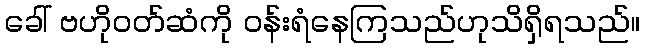
ခေါ် ဗဟိုဝတ်ဆံကို ဝန်းရံနေကြသည်ဟုသိရှိရသည်။